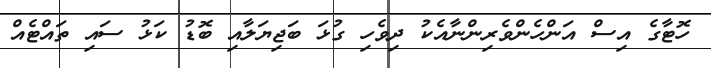
ހޮޓާގެ އިސް އަންހެންވެރިންނާއެކު ދިވެހި ގުޅަ ބަޖިޔަލާއި ބޮޑު ކަޅު ސައި ތައްޓެއް